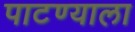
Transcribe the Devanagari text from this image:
पाटण्याला